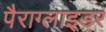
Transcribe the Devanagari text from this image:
पैराग्लाइडर